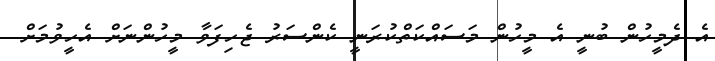
އެ ދެމީހުން ބުނީ އެ މީހުން މަސައްކަތްކުރަނީ ކެންސަރު ޖެހިފަވާ މީހުންނަށް އެހީވުމަށް